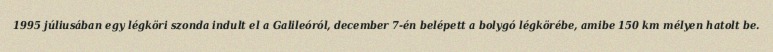
1995 júliusában egy légköri szonda indult el a Galileóról, december 7-én belépett a bolygó légkörébe, amibe 150 km mélyen hatolt be.